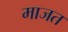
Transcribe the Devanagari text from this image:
माजत